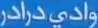
وادي-درادر